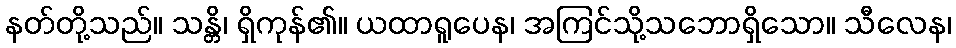
နတ်တို့သည်။ သန္တိ၊ ရှိကုန်၏။ ယထာရူပေန၊ အကြင်သို့သဘောရှိသော။ သီလေန၊